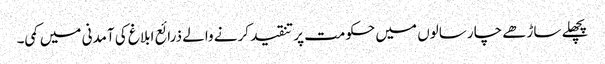
پچھلے ساڑھے چار سالوں میں حکومت پر تنقید کرنے والے ذرائع ابلاغ کی آمدنی میں کمی۔